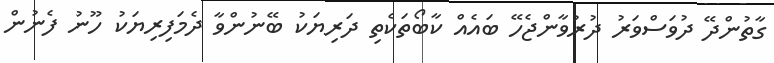
ގާތުންދޭ ދުވަސްވަރު ދުރުވާންޖެހޭ ބައެއް ކާބޯތަކެތި ދަރިޔަކު ބޭނުންވާ ދެމަފިރިޔަކު ހޫނު ފެނުން